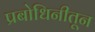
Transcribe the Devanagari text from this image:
प्रबोधिनीतून